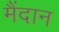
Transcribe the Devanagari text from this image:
मैंदान